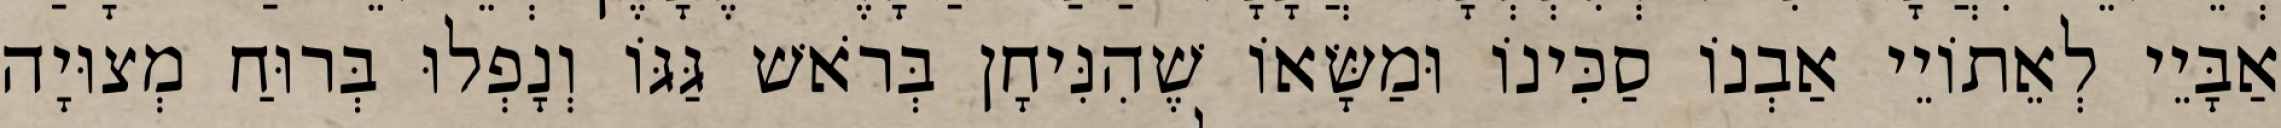
אַבָּיֵי לְאֵתוֹיֵי אַבְנוֹ סַכִּינוֹ וּמַשָּׂאוֹ שֶׁהִנִּיחָן בְּרֹאשׁ גַּגּוֹ וְנָפְלוּ בְּרוּחַ מְצוּיָה